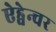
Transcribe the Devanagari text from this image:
ऐड्वेन्चर